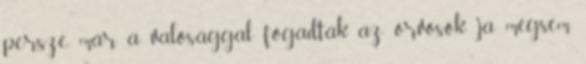
persze már a valósággal fogadták az orvosok: ja mégsem,